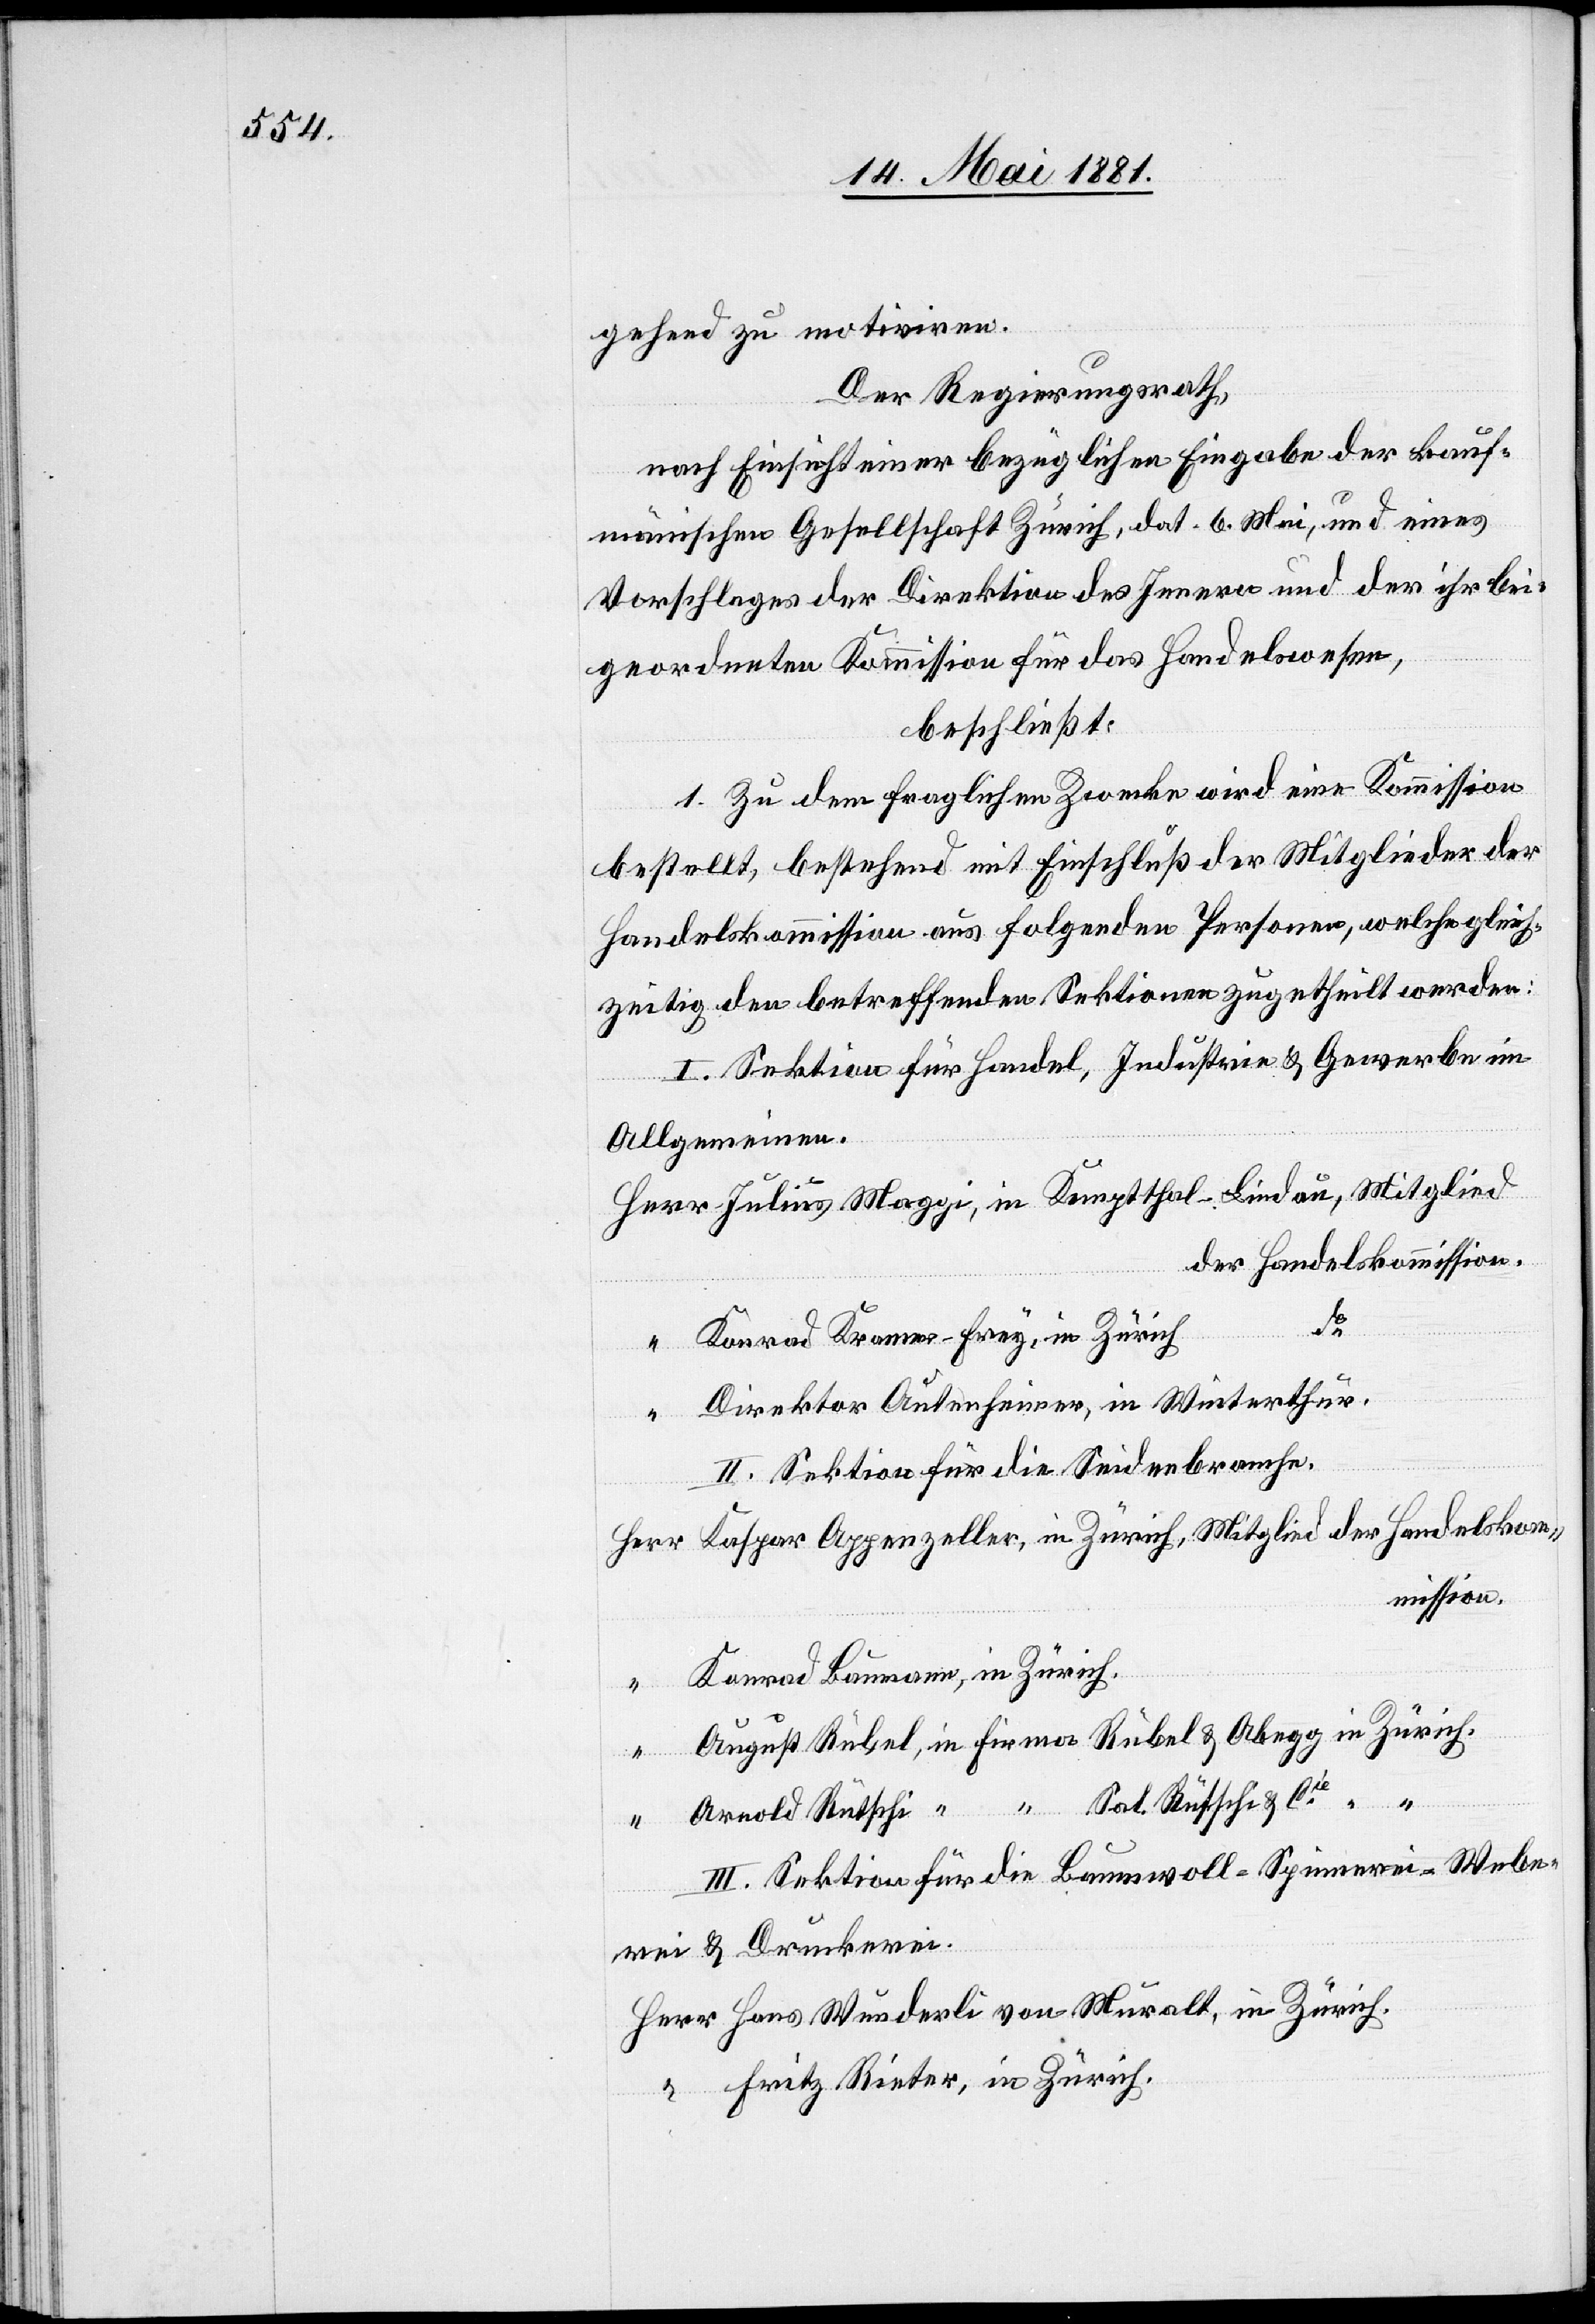
gehend zu motiviren.
Der Regierungsrath,
nach Einsicht einer bezüglichen Eingabe der kauf¬
[sic!] Gesellschaft Zürich, dat. 6. Mai, und eines
Vorschlages der Direktion des Innern und der ihr bei¬
geordneten Kommission für das Handelswesen,
beschließt:
1. Zu dem fraglichen Zwecke wird eine Kommission
bestellt, bestehend mit Einschluß der Mitglieder der
Handelskommission aus folgenden Personen, welche gleich¬
zeitig den betreffenden Sektionen zugetheilt werden:
I. Sektion für Handel, Industrie & Gewerbe im
Allgemeinen.
der Handelskommission.
ch.
Fritz Rieter,
Konrad Kramer-Frey, in Zürich
Direktor Autenheimer, in Winterthur.
II. Sektion für die Seidenbranche.
in
“
III. Sektion für die Baumwoll-Spinnerei-Webe¬
rei & Druckerei.